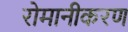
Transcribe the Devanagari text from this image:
रोमानीकरण